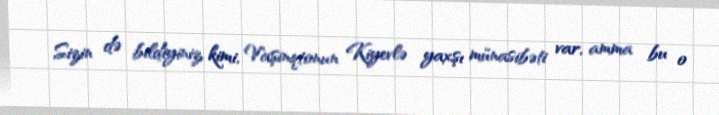
Sizin də bildiyiniz kimi, Vaşinqtonun Kiyevlə yaxşı münasibəti var, amma bu o